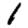
Digit: 1